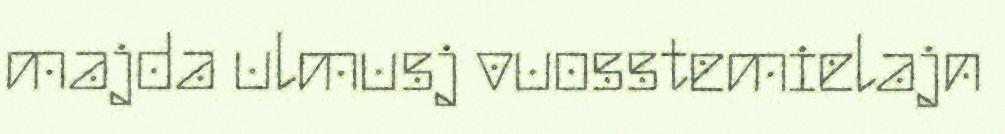
majda ulmusj vuosstemielajn